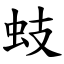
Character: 蚑